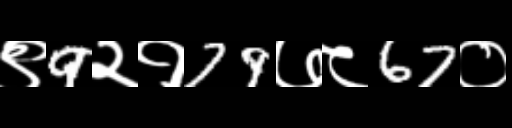
Text: ९9२१79७८67०